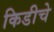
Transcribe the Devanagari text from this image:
किडीचे